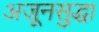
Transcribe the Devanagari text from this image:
अजूनसुद्धा